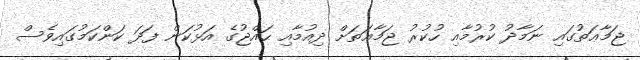
ޖަމާޢަތުގައި ނަމާދު ކުރުމާއި ހުކުރު ޖަމާޢަތަށް ދިއުމާއި ޙައްޖުގެ އަޅުކަން ފަދަ ކަންކަމުގައިވެސް